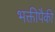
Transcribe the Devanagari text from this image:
भक्तीपैकी